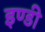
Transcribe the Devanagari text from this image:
इण्डी